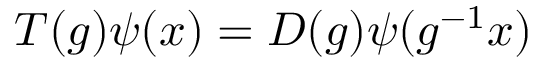
T ( g ) \psi ( x ) = D ( g ) \psi ( g ^ { - 1 } x )